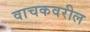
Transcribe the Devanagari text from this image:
वाचकवरील